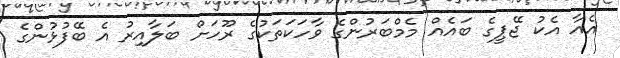
އެއާ އެކު ޖޭޕީގެ ބައެއް މެމްބަރުންގެ ވާހަކަތަކުގެ ރޫހަށް ބަލާއިރު އެ ބޭފުޅުންގެ